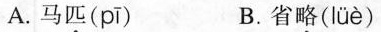
A.马匹( pī ) B.省略(Iüè)